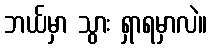
ဘယ်မှာ သွား ရှာရမှာလဲ။